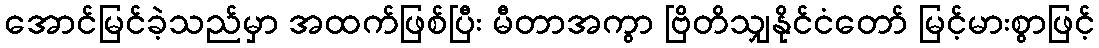
အောင်မြင်ခဲ့သည်မှာ အထက်ဖြစ်ပြီး မီတာအကွာ ဗြိတိသျှနိုင်ငံတော် မြင့်မားစွာဖြင့်